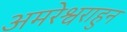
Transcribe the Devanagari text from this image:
अमरेश्वराहुन